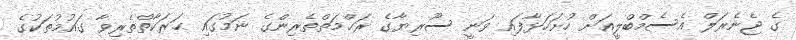
ގެ ޖެނެރަލް އެސެމްބްލީއަށް ހުށަހަޅާފައި ވަނީ ސޫރިޔާގެ ރަޙްމަތްތެރިންގެ ނަމުގައި ޙަރަކާތްތެރިވާ ގައުމުތަކުގެ